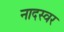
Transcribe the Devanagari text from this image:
नादस्वर